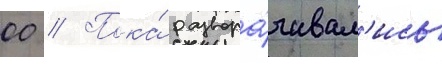
00 // Пока́ развора́чивал'ись